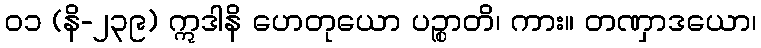
၀၁ (နိ-၂၃၉) ဣဒါနိ ဟေတုယော ပဉ္စာတိ၊ ကား။ တဏှာဒယော၊